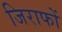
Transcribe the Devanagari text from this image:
जिराफों